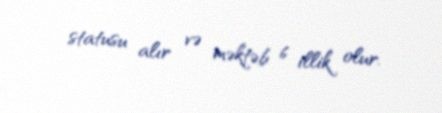
statusu alır və məktəb 6 illik olur.